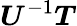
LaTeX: {\boldsymbol{U}}^{-1}{\boldsymbol{T}}